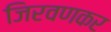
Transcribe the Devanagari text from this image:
जिरवणकर